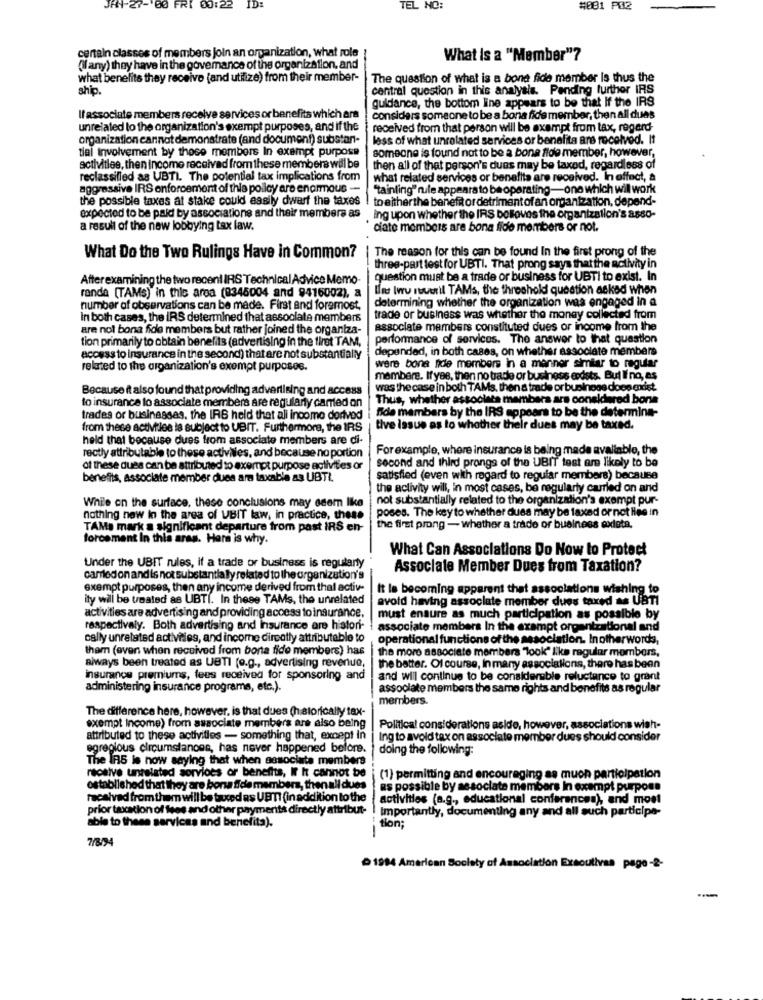
JAN-27- 60 FRI 60:22
ID:
TEL NO:
#081 PS2
certain classes of members join an organization, what role
What is a "Member"?
(If any) they have in the govemance of the organization, and
what benefits they receive (and utilize) from their member-
The question of what is a bona fide member is thus the
ship.
central question in this analysis. Pending further IRS
guidance, the bottom line appears to be that If the IRS
If associate members rec
or benefits which are
considers someone to be a bona fide member, then all duas
unrelated to the organization's exempt purposes, and if the
received from that person will be exempt from tax, regard-
organization cannot demonstrate (and document) substan-
loss of what unrelated services or benefita are received. It
tial involvement by those members In exempt purpose
someone is found not to be a bona fide member, however,
activities, then income received from these members will be
then all of that person's dues may be taxed, regardless of
reclassified as UBTI. The potential tax implications from
what related services or benefits are received. In effect, a
aggressive IRS enforcement of this policy are enormous -
"tainling" rule appears to be operating-one which will work
the possible taxes at stake could easily dwarf the taxes ! toeitherthe benefit or detriment of an organization, depend-
expected to be paid by associations and their members as ing upon whether the IRS belloves the organization's a880-
a result of the new lobbying tax law.
ciate members are bona fide members or not.
The reason for this can be found In the first prong of the
What Do the Two Rulings Have in Common?
three-part test for UBTI. That prong says that the activity in
Afterexamining the two recent IRS Technical Advice Memo
question must be a trade or business for UBTI to exist. In
Ins Ivry rouwril TAMs, the threshold question asked when
randa [TAMs) in this area (8345004 and 9416002), a
determining whether the organization was engaged in a
number of observations can be made. First and foremost,
In both cases, the IRS determined that associate members
trade or business was whether the money collected from
are not bona fide members but rather joined the organiza-
associate members constituted dues or income from the
tion primarily to obtain benefits (advertising in the first TAM,
performance of services. The answer to that question
depended, in both cases, on whether associate members
access to insurance in the second) that are not substantially
related to the organization's exempt purposes.
were bona fide members in a manner similar to regular
mambere. Ifyes, then no trade or business erdsts. But I' no, es
Because it also found that providing advertising and access
was the case in both TAMs, then a trade or businege does exist.
to insurance to associate members are regularly camed on
Thus, whether assoolaca members are considered borsa
Bide mambers by the IRS appears to be the determine-
trades or businessas. the IRS held that all income dorived
from these activities is subject to UBIT. Furthermore, the IRS
tive issue as to whether their dues may be taxed.
held that because dues from associate members are di-
rectly attributable to these activities, and because no portion
Forexample, where insurance is being made avaliable, the
second and third prongs of the UBIT test are likely to be
of these dues can be attributed to exempt purpose activities or
benefits, associate member dues ar taxable as UBTI.
satisfied (even with regard to regular members) because
the activity will, in most cases, be regularly carried on and
not substantially related to the organization's exempt pur-
While on the surface, these conclusions may seem like
poses. The key to whether dues may be taxed or not lise in
nothing new In the area of VBIT law, in practice, these
TAMa mark a significant departure from past IRS en-
the first prong - whether a trade of business existe.
forcement In this aras. Here is why.
What Can Associations Do Now to Protect
Under the UBIT rules, if a trade or business is regularly
Associate Member Dues from Taxation?
carried on and is not substantially related to the organization's
exempt purposes, then any income derived from thal activ-
It Is becoming apparent that associations wishing to
ity will be treated as UBTI. In these TAMs, the unrelated
avoid having associate member dues taxed as UBTI
activities are advertising and providing access to insurance.
must ensure as much participation as possible by
respectively. Both advertising and insurance are histori-
associate members In the exempt organizational and
cally unrelated activities, and income dircotly attributable to
operational functions of the association. Inotherwords,
them (even when received from bona fide members) has
the more associate members "look" like regular members,
always been treated as UBTI (e.g ., advertising revenue,
the batter. Of course, In many associations, there has been
insurance premiums, fees received for sponsoring and
and will continue to be consideruble reluctance to grant
administering insurance programs, etc.).
assoolate members the same rights and benefits as regular
members.
The difference here, however, is that dues (hatorically tax-
exempt income) from associate members are also being
Political considerations aside, however, associations wish-
attributed to these activities - something that, except In
Ing to avoid tax on associate member dues should consider
egregious circumstances, has never happened before.
doing the following:
The IRS Is now saying that when associata members
receive unrelated sorvioes or benefits, It It cannot be
(1) permitting and encouraging as muon participation
established that they are bona fide members, then all dues
as possible by associate members In exempt purpose
received from them will be taxed as UBMTI (in addition to the
activities (a.g ., educational conferences), and most
prior taxcation of tes and other paymerits directly attribut-
Importantly, documenting any and all such participe-
able to these services and benefits).
tion;
---
7/8/94
1984 American Society of Association Exsoutivas page -2-